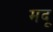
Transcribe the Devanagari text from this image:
मदू